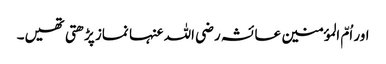
اور اُمّ المؤمنین عائشہ رضی اللہ عنہا نماز پڑھتی تھیں۔